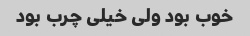
خوب بود ولی خیلی چرب بود